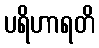
ပရိဟာရတိ